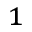
^ { 1 }